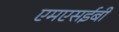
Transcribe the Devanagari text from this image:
एमएसईबी